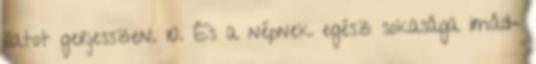
illatot gerjesszen. 10. És a népnek egész sokasága imád−